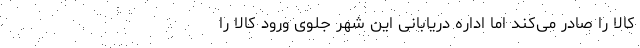
کالا را صادر می‌کند اما اداره دریابانی این شهر جلوی ورود کالا را